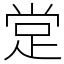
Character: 䟫